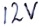
Text: 12V